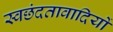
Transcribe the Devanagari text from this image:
स्वछंदतावादियों